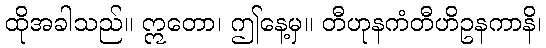
ထိုအခါသည်။ ဣတော၊ ဤနေ့မှ။ တီဟုနကံတီဟိဥနကာနိ၊